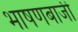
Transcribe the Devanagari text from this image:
भाषणबाजी